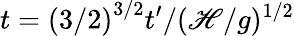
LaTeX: t=\left(3/2\right)^{3/2}t^{\prime}/(\mathscr{H}/g)^{1/2}